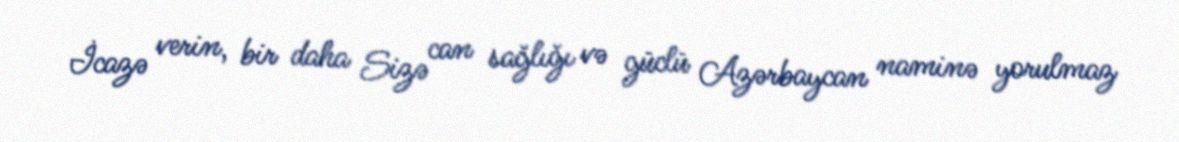
İcazə verin, bir daha Sizə can sağlığı və güclü Azərbaycan naminə yorulmaz